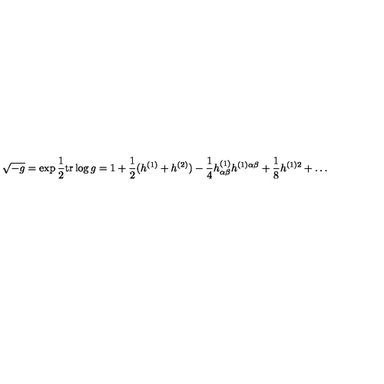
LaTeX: \sqrt { - g } = \exp { \frac { 1 } { 2 } } \mathrm { t r } \log g = 1 + { \frac { 1 } { 2 } } ( h ^ { ( 1 ) } + h ^ { ( 2 ) } ) - { \frac { 1 } { 4 } } h _ { \alpha \beta } ^ { ( 1 ) } h ^ { ( 1 ) \alpha \beta } + { \frac { 1 } { 8 } } h ^ { ( 1 ) 2 } + \ldots